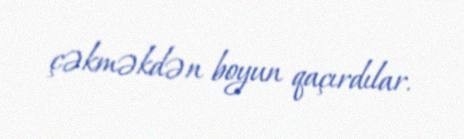
çəkməkdən boyun qaçırdılar.